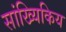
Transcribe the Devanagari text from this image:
सांख्यिकिय